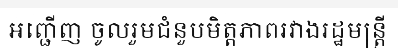
អញ្ជើញ ចូលរួមជំនួបមិត្តភាពរវាងរដ្ឋមន្ត្រី